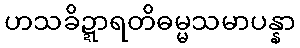
ဟသခိဍ္ဍာရတိဓမ္မသမာပန္နာ